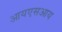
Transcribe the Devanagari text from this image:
आयएसआय